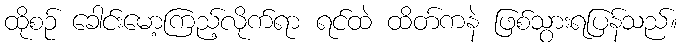
ထိုစဉ် ခေါင်းမော့ကြည့်လိုက်ရာ ရင်ထဲ ထိတ်ကနဲ ဖြစ်သွားရပြန်သည်။